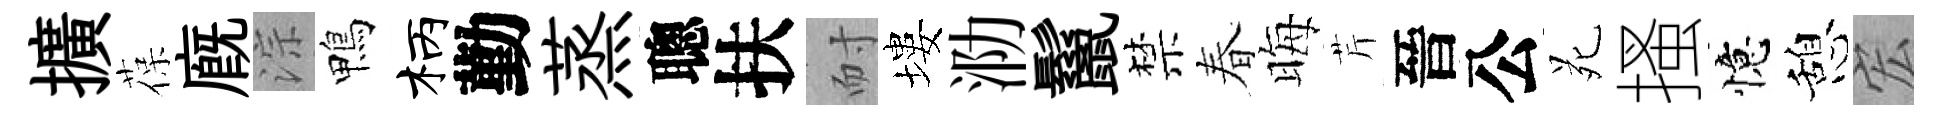
擴葆廐淙鴨柄勤蒸聰扶耐塿泐鬣禁春晦芹晉公苑搔憶憩宏